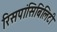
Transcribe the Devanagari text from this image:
रिसपांसिबिलिटी